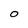
Character: O